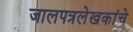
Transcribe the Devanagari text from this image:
जालपत्रलेखकांचे